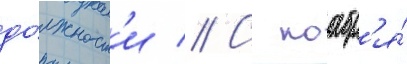
до́лжност'и // С ноабр'я́